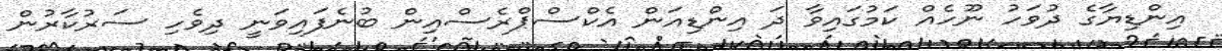
އިންޑިޔާގެ ދުވަހު ނޫހެއް ކަމުގައިވާ ދަ އިންޑިއަން އެކްސްޕްރެސްއިން ބުނެފައިވަނީ ދިވެހި ސަރުކާރުން